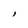
Character: I